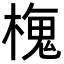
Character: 𬄒